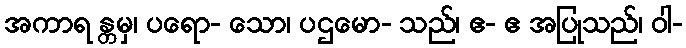
အကာရ န္တမှ၊ ပရော- သော၊ ပဌမော- သည်၊ ဧ- ဧ အပြုသည်၊ ဝါ-